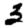
Digit: 3